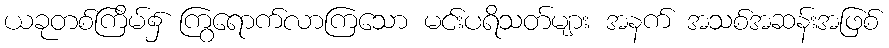
ယခုတစ်ကြိမ်၌ ကြွရောက်လာကြသော မင်းပရိသတ်များ အနက် အသစ်အဆန်းအဖြစ်